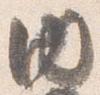
内